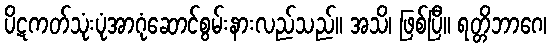
ပိဋကတ်သုံးပုံအာဂုံဆောင်စွမ်းနားလည်သည်။ အသိ၊ ဖြစ်ပြီ။ ရတ္တိဘာဂေ၊